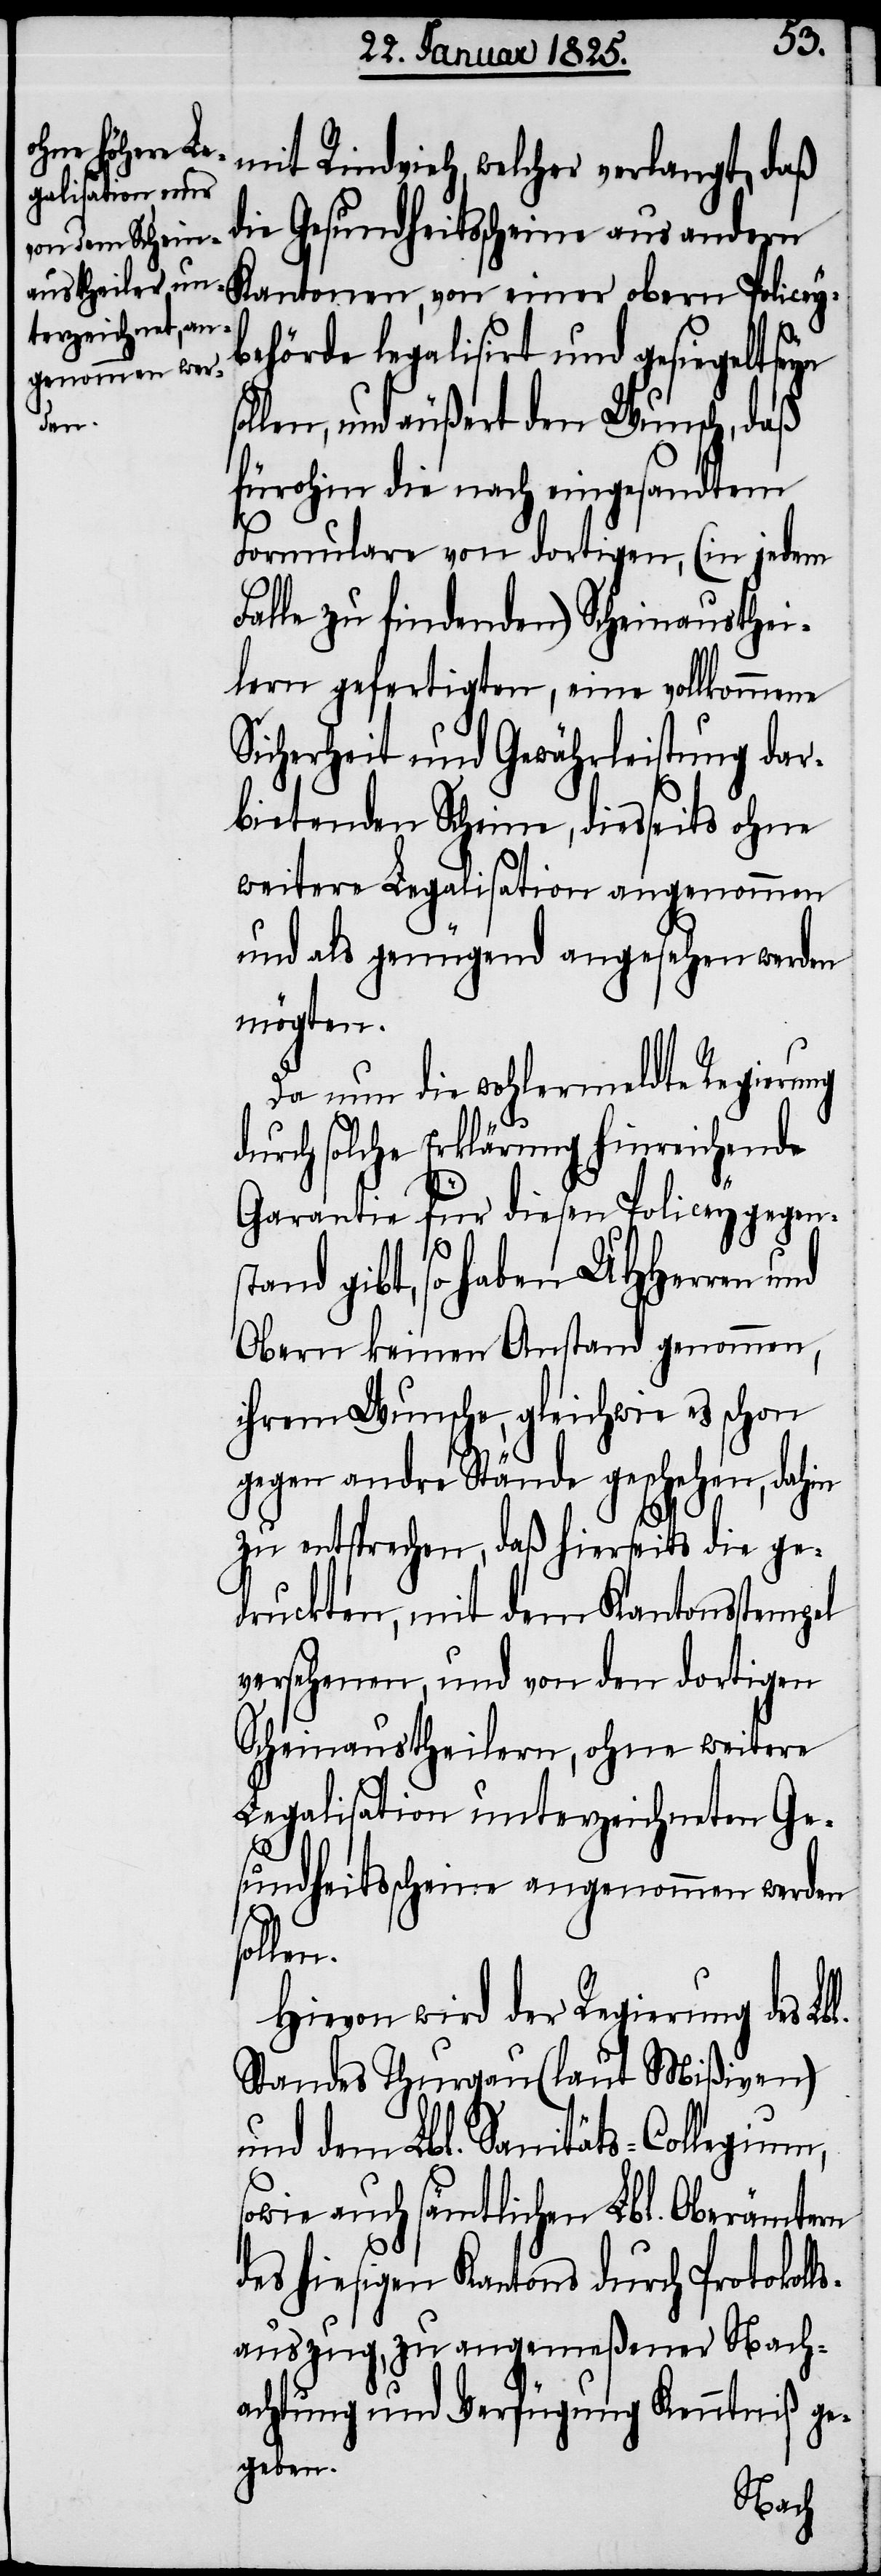
einer obern P¬
mit Rindvieh, welcher verlangt, daß
die Gesundheitsscheine aus andern
behörde legalisirt und gesiegelt seyn
len, und äußert den Wunsch, daß
fürohin die nach eingesandtem
Formulare von dortigen, (in jedem
Falle zu findenden) Scheinausthei¬
lern gefertigten, eine vollkommene
Sicherheit und Gewährleistung dar¬
bietenden Scheine, diesseits ohne
weitere Legalisation angenommen
und als genügend angesehen werden
mögten.
Da nun die wohlermeldte Regierung
durch solche Erklärung hinreichende
Garantie für diesen Policeygegens¬
tand gibt, so haben UHHerren und
Obern keinen Anstand genommen,
ihrem Wunsche, gleichwie es schon
gegen andre Stände geschehen, dah¬
zu entsprechen, daß hierseits die ge¬
druckten, mit dem Kantonsstempel
versehenen, und von den dortigen
Scheinaustheilern, ohne weitere
Legalisation unterzeichneten Ge¬
l.
sundheitsscheine angenommen werden
solle¬
Hievon wird der Regierung des Lb¬
Standes Thurgau (laut Mißiven)
und dem Lbl. Sanitäts-Collegium,
sowie auch sämtlichen Lbl. Oberämtern
des hiesigen Kantons durch Protokoll¬
sauszug, zu angemeßener Nach¬
achtung und Verfügung Kenntniß ge¬
geben.